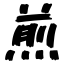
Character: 煎